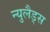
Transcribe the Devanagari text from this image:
न्युलैड्स